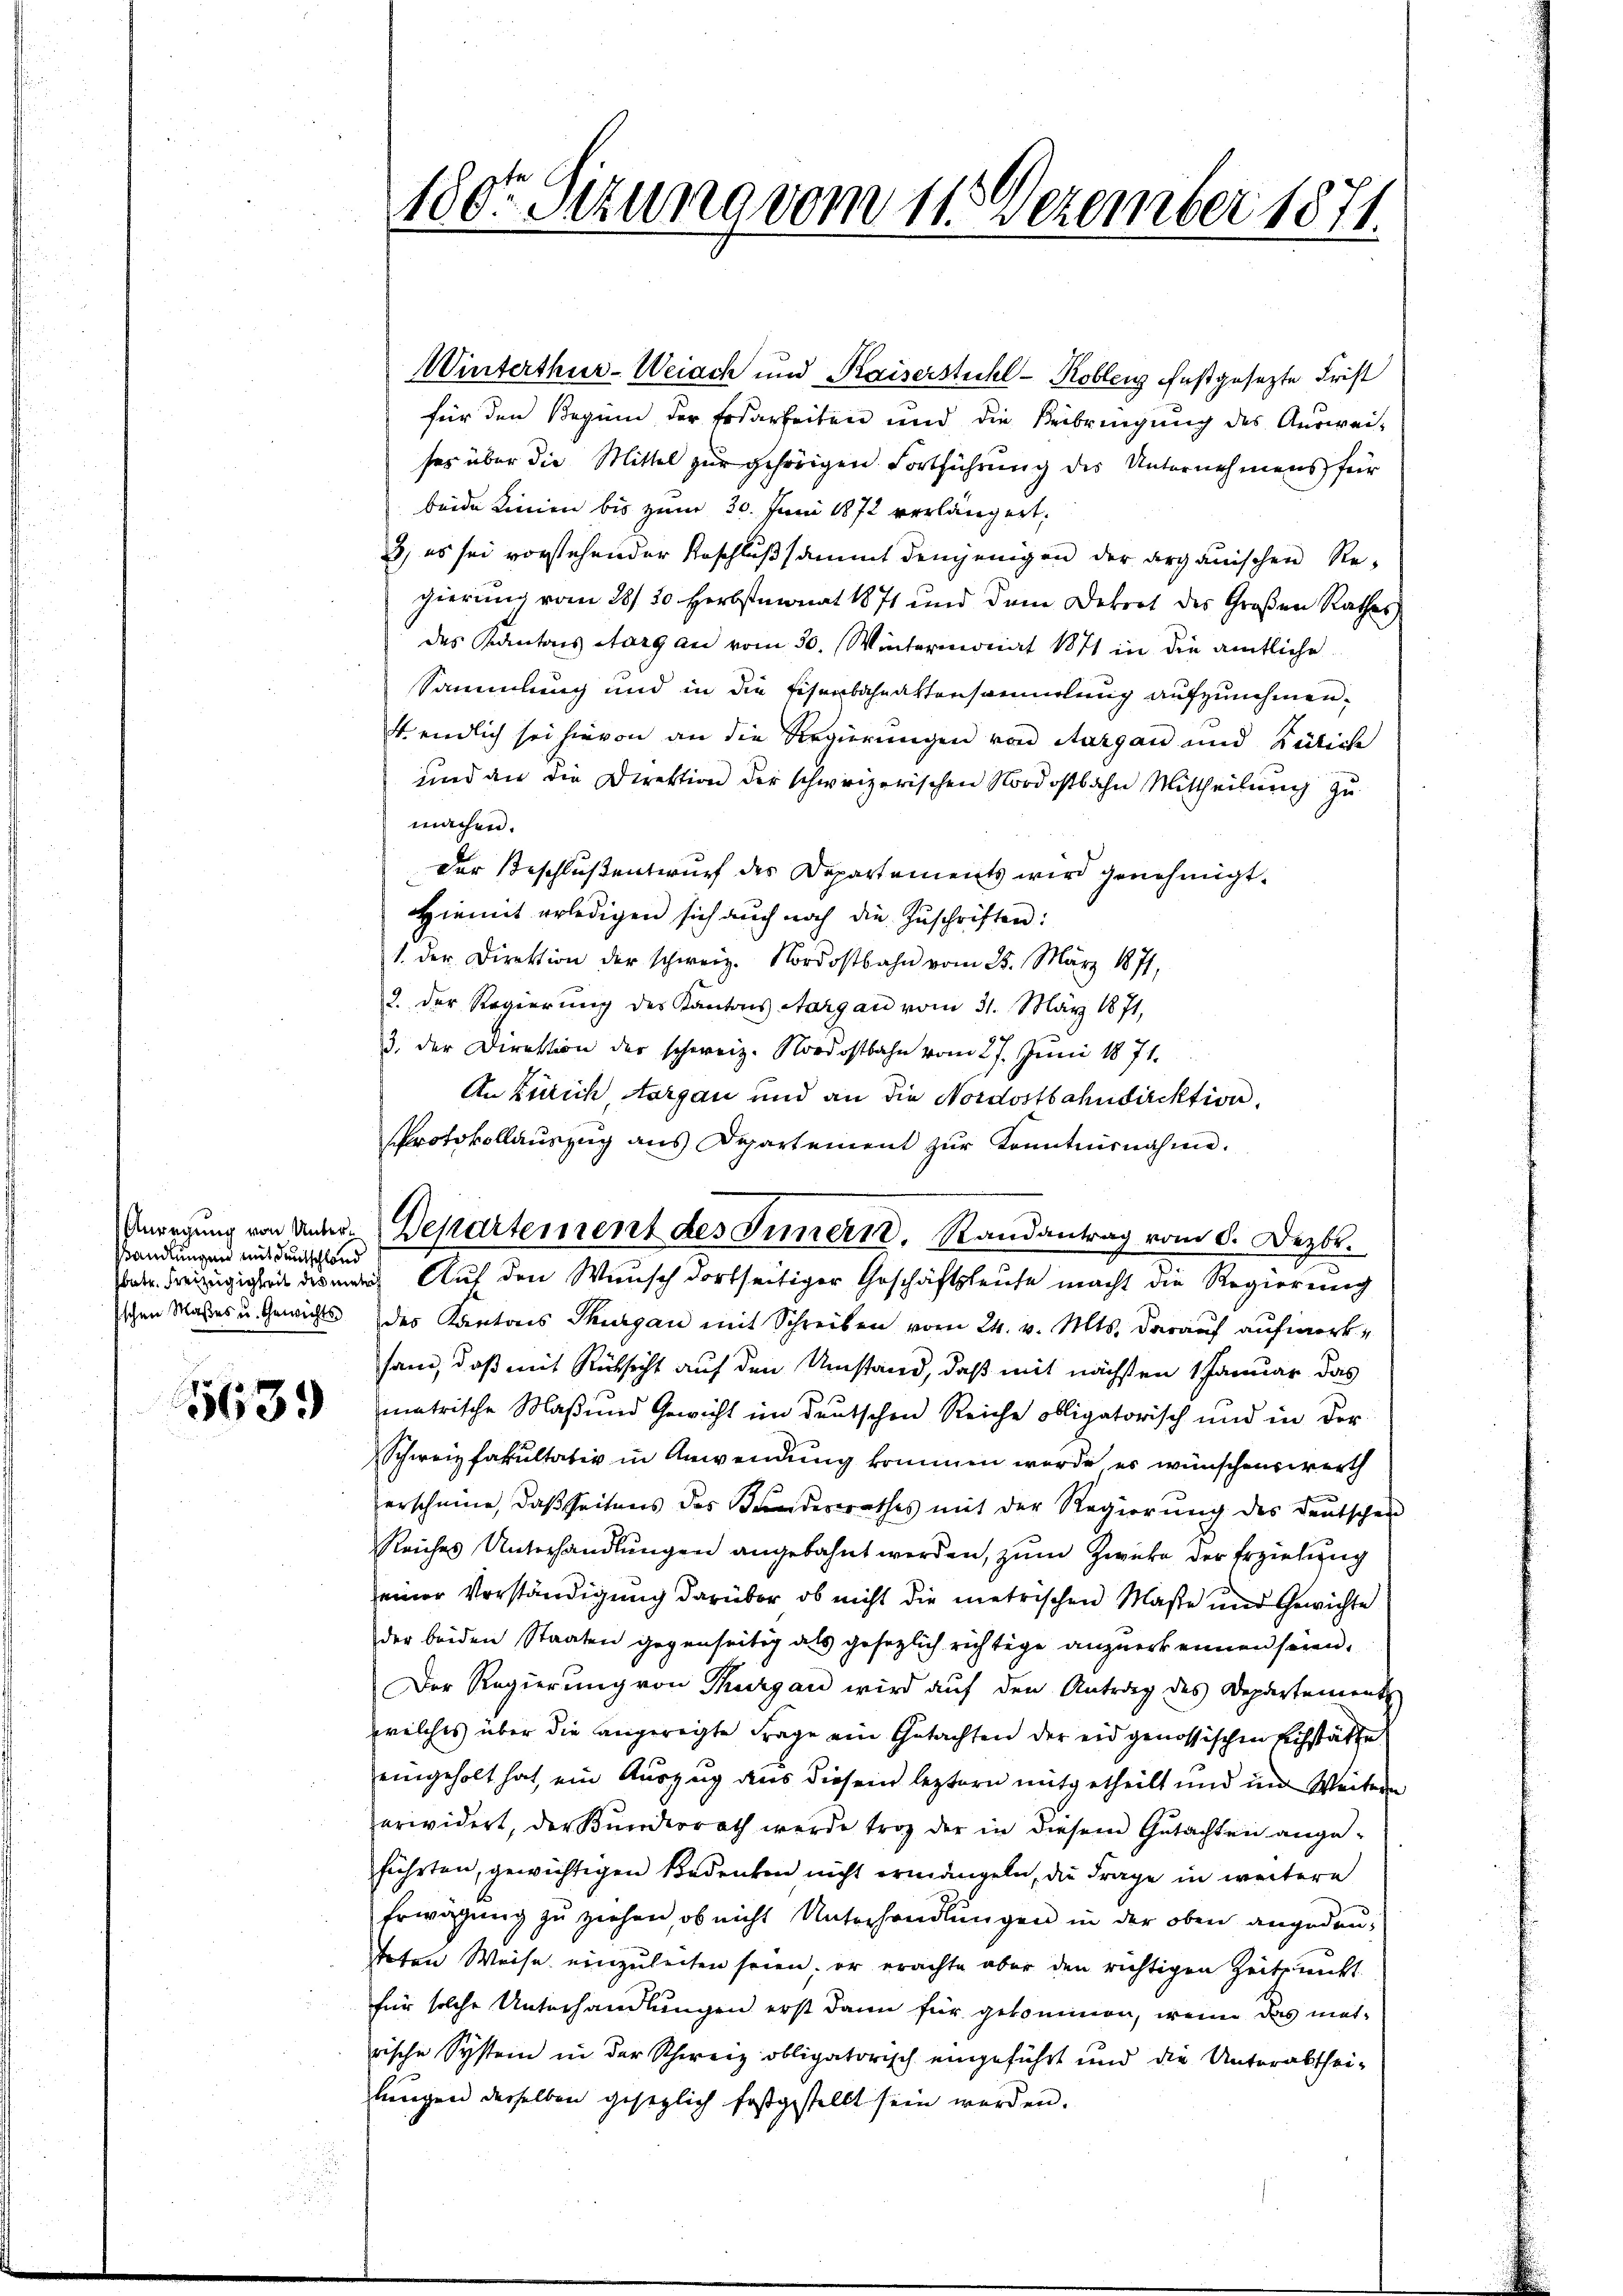
Wandlungen mit deutschland
sschen Maßes u. Gewichts

5639

Winterthur-Weiach und Kaiserstuhl - Koblenz festgesezte Frist
für den Beginn der Erdarbeiten und die Beibringung des Auswei-
ses über die Mittel zur gehörigen Fortführung des Unternehmens für
beide Linien bis zum 30. Juni 1872 verlängert,
2) es sei vorstehender Beschluß sammt denjenigen der organischen Regierung vom 28. 50. Herbstmonat 1871 und dem Dekret des Großen Rathes
des Kantons Aargau vom 30. Wintermonat 1871 in die amtliche
Sammlung und in die Eisenbahnattensammlung aufzunehmen.
4. endlich sei hievon an die Regierungen von Aargau und Büliche
und an die Direktion der schweizerischen Nordostbahn Mittheilung zu
machen.
Der Beschlußentwurf des Departements wird genehmigt.
Hiemit erledigen sich auch noch die Zŭschriften:
1. der Direktion der schweiz. Nordostbahn vom 25. März 1871,
2. der Regierŭng des Kantons Aargau vom 31. März 1871,
3. der Direktion der schweiz. Nordostbahn vom 27. Juni 1871.
An Zürich, Aargau und an die Nordostbahndirektion,
Protokollauszug aus Departement zŭr Kenntnisnahme.
Anregung von Unter-Departement des Innern. Randantrag vom 8. Dezbr.

180ten Sizung vom 11. Dezember 1871.

atr. Freizügigkeit des nach Auf den Wunsch dortseitiger Geschäftsleute macht die Regierung
des Kantons Thurgau mit Schreiben vom 24. v. Mts. darauf aufmerkfand, daß mit Rücksicht auf den Umstand, daß mit nächsten 1 Januar das
matrische Maß und Gewicht im deutschen Reiche obligatorisch und in der
Schweiz fakultativ in Anwendung kommen wurde es wünschenswerth
erscheine, daß seitens des Kinderrathes mit der Regierung des Deutschen
Reiches Unterhandlungen angebahnt werden, zum Zweke der Erziehung
einer Vorständigung darüber ob nicht die metrischen Maße und Gewichte
der beiden Staaten gegenseitig als gesezlich richtige anzuerkennen seien.
Der Regierung von Thurgau wird auf den Antrag des Departement
welches über die angeregte Frage ein Gutachten der eidgenössischen Eichstätte
eingeholt hat, ein Auszug aus diesem leztern mitgetheilt und in Weitern
erwidert, der Bunderrath werde trag der in diesem Gutachten ange-
führten, gewichtigen Bedenten nicht ermangeln, die Frage in weitere
Erwägung zu ziehen, ob nicht Unterhandlungen in der oben angedeutoten Weise einzuleiten seien, er erachte aber den richtigen Zeitsricht
für solche Unterhandlungen erst dann für gekommen, wenn das matrische System in der Schweiz obligatorisch eingeführt und die Unterabthei-
lungen derselben gesezlich festgestellt sein werden.